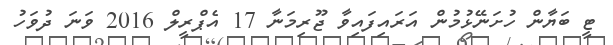
ޓީ ބަޔާން ހުށަނޭޅުމުން އަރައިފައިވާ ޖޫރިމަނާ 17 އެޕްރީލް 2016 ވަނަ ދުވަހު